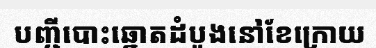
បញ្ជីបោះឆ្នោតដំបូងនៅខែក្រោយ